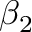
\beta _ { 2 }